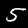
Label: 5